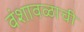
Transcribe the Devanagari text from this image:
वंशावळाची